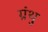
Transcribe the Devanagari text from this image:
ग्रंथु